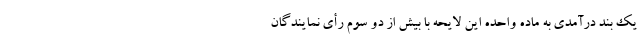
یک بند درآمدی به ماده واحده این لایحه با بیش از دو سوم رأی نمایندگان